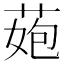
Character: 𦰾